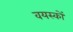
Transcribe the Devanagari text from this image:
वयस्‍कों